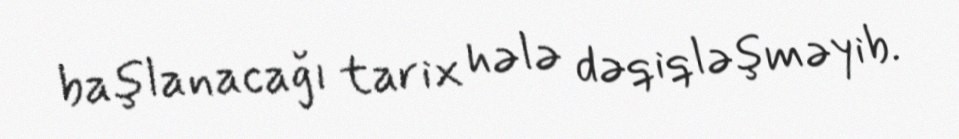
başlanacağı tarix hələ dəqiqləşməyib.